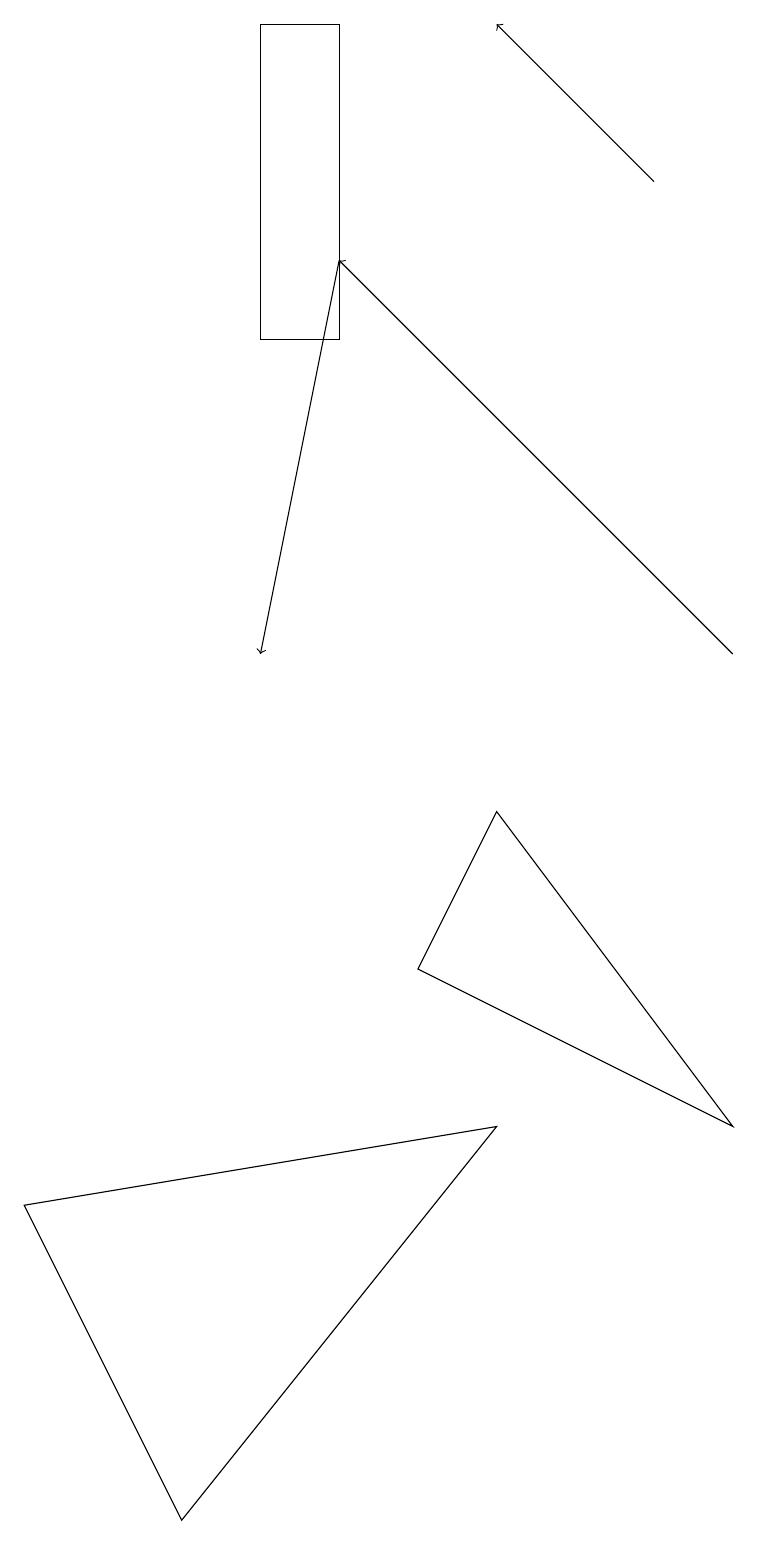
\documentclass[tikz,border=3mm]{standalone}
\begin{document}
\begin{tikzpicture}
\draw (4,19) rectangle (3,15);
\draw[->] (8,17) -- (6,19);
\draw (0,4) -- (6,5) -- (2,0) -- cycle;
\draw[->] (4,16) -- (3,11);
\draw (6,9) -- (9,5) -- (5,7) -- cycle;
\draw[->] (9,11) -- (4,16);
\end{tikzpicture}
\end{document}